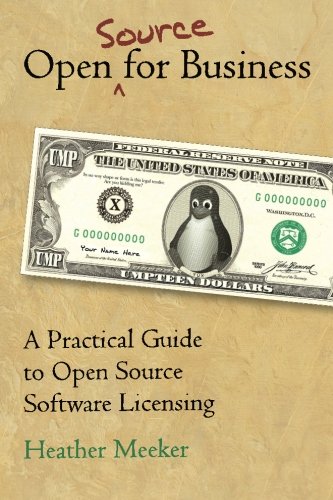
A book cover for Open (Source) for Business: A Practical Guide to Open Source Software Licensing; Heather Meeker; Law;